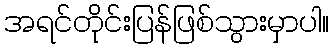
အရင်တိုင်းပြန်ဖြစ်သွားမှာပါ။